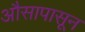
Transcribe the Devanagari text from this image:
औसापासून